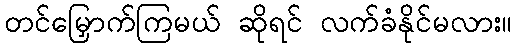
တင်မြှောက်ကြမယ် ဆိုရင် လက်ခံနိုင်မလား။